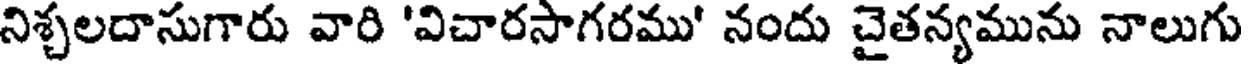
నిశ్చలదాసుగారు వారి 'విచారసాగరము' నందు చైతన్యమును నాలుగు